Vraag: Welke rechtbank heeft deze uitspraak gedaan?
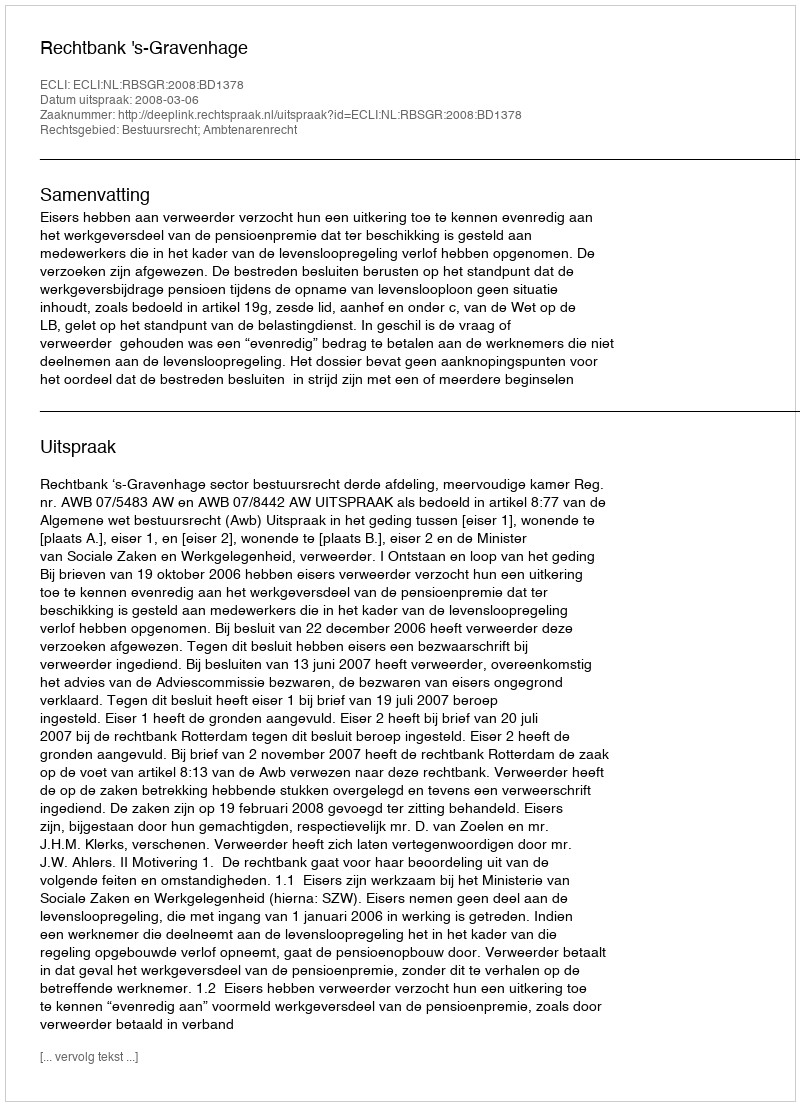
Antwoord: Rechtbank 's-Gravenhage